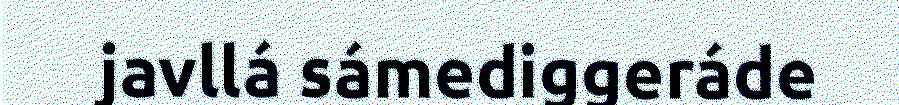
javllá sámediggeráde